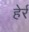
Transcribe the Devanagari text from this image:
हेर्र